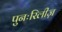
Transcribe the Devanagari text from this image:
पुनःरिलीज़